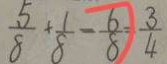
\frac { 5 } { 8 } + \frac { 1 } { 8 } - \frac { 6 } { 8 } = \frac { 3 } { 4 }